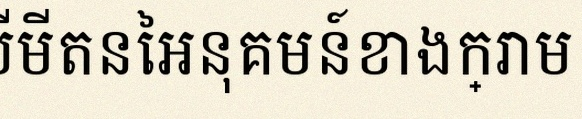
គណនាលីមីតនៃអនុគមន៍ខាងក្រោម